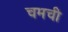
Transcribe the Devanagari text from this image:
चमची